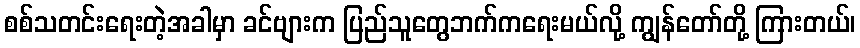
စစ်သတင်းရေးတဲ့အခါမှာ ခင်ဗျားက ပြည်သူတွေဘက်ကရေးမယ်လို့ ကျွန်တော်တို့ ကြားတယ်၊